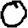
Digit: 0